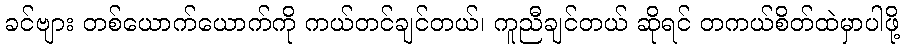
ခင်ဗျား တစ်ယောက်ယောက်ကို ကယ်တင်ချင်တယ်၊ ကူညီချင်တယ် ဆိုရင် တကယ်စိတ်ထဲမှာပါဖို့